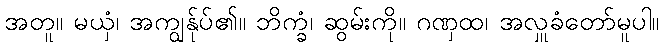
အတူ။ မယှံ၊ အကျွန်ုပ်၏။ ဘိက္ခံ၊ ဆွမ်းကို။ ဂဏှထ၊ အလှူခံတော်မူပါ။